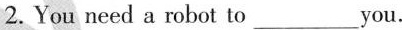
2. You need a robot to___you.